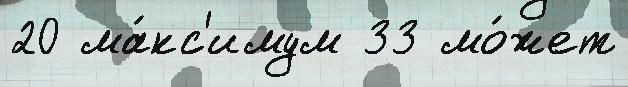
20 ма́кс'имум 33 мо́жет